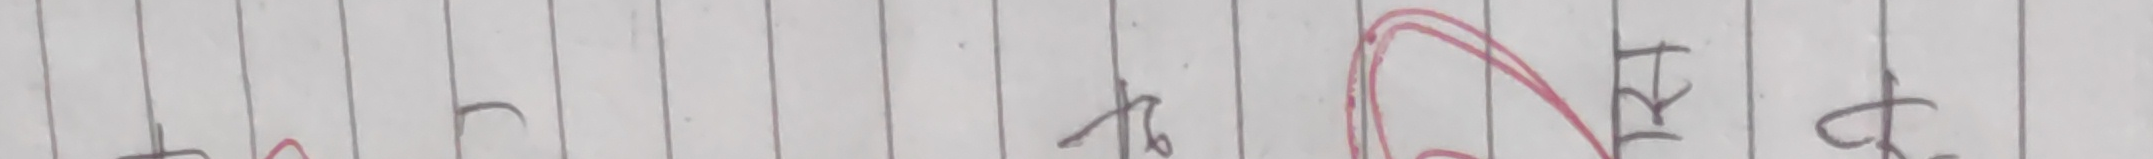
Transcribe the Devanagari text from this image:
त्र क्ष अप ठ